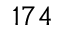
1 7 4